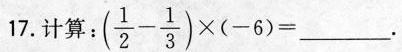
17.计算：$$(\frac{1}{2}- \frac{1}{3}) \times (-6) = ___.$$